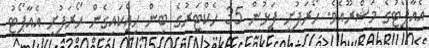
އެއާޕޯޓުގެ މަޝްރޫއެވެ. ހޯރަފުށީ ފަޅުން 35 ހެކްޓަރުގެ ބިން ހިއްކައިގެން ހޯރަފުށީ އެއާޕޯޓު